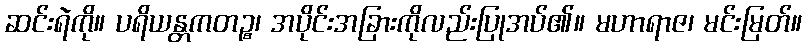
ဆင်းရဲကို။ ပရိယန္တကတဉ္စ၊ အပိုင်းအခြားကိုလည်းပြုအပ်၏။ မဟာရာဇ၊ မင်းမြတ်။